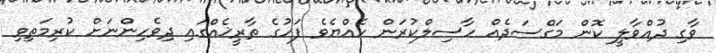
ވާގި ދުއްވާލީ ކޮން މަގްސަދެއް ހާސިލްކުރަން ހެއްޔެވެ ފަހުގެ ތާރީޚެއްގައި ދިވެހިންނަށް ކުރިމަތިވި